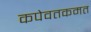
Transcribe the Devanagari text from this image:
कपेवतकमत